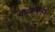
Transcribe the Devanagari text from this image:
चीटकलवलेले